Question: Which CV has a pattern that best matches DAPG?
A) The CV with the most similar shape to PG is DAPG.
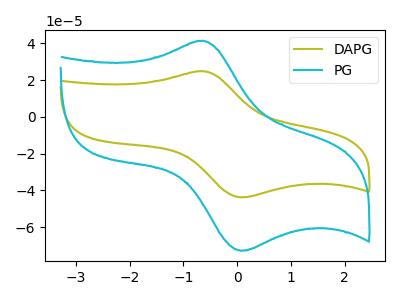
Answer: <think>The olive curve "DAPG" has an anodic peak at (-0.65V, 24.90uA) and a cathodic peak at (0.05V, -43.75uA). The cyan curve "PG" has an anodic peak at (-0.65V, 41.45uA) and a cathodic peak at (0.05V, -72.75uA).
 All the peaks in "DAPG" have a peak in "PG" at the same potential. Every peak in "DAPG" is lower than every peak in "PG".</think>
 <answer>A) The CV with the most similar shape to "PG" is "DAPG".</answer>
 <eval>A</eval>